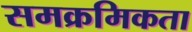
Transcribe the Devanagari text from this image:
समक्रमिकता